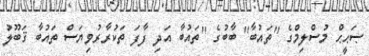
ޞަޙީޙް މުސްލިމްގެ ''ތައުބާ'' ބާބުގެ ''ތައުބާ އަދި ފާފަ ތަކުރާރުވިޔަސް ތައުބާ ޤަބޫލު